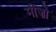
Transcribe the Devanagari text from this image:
मीज़ो